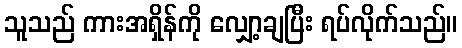
သူသည် ကားအရှိန်ကို လျှော့ချပြီး ရပ်လိုက်သည်။